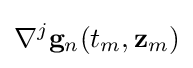
\nabla ^{j}\mathbf {g} _{n}(t_{m},\mathbf {z} _{m})